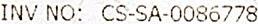
INV NO: CS-SA-0086778